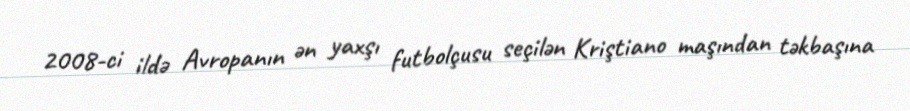
2008-ci ildə Avropanın ən yaxşı futbolçusu seçilən Kriştiano maşından təkbaşına